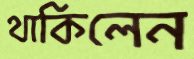
থাকিলেন